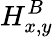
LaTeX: H_{x,y}^{B}